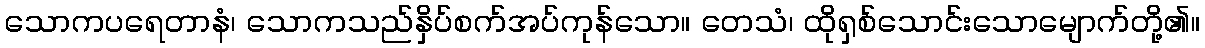
သောကပရေတာနံ၊ သောကသည်နှိပ်စက်အပ်ကုန်သော။ တေသံ၊ ထိုရှစ်သောင်းသောမျောက်တို့၏။